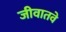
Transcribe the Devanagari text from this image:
जीवातवे